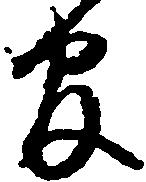
官